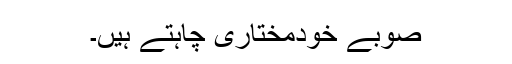
صوبے خودمختاری چاہتے ہیں۔